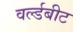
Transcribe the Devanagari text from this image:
वर्ल्डबीट